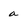
Character: a